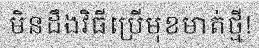
មិនដឹងវិធីប្រើមុខមាត់ថ្មី!